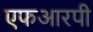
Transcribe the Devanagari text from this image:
एफआरपी